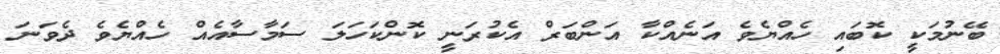
ބޭނުމަކީ ކޮބައި ހެއްޔެވެ އަނެއްކާ އަންބަރް އެކުރަނީ ކޮންކަހަލަ ސަމާސާއެއް ހެއްޔެވެ ދެވަނަ